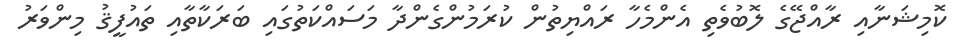
ކޮމިޝަނާއި ރާއްޖޭގެ ލޮބުވެތި އެންމެހާ ރައްޔިތުން ކުރަމުންގެންދާ މަސައްކަތުގައި ބަރަކާތާއި ތައުފީޤު މިންވަރު